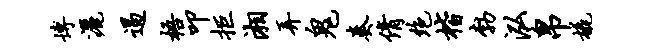
博洒遏梧叩拒湘弄鬼奏倩绝楷勃泓帛橇